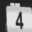
Digit: 4